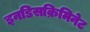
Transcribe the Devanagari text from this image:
इनडिसक्रिमिनेट